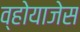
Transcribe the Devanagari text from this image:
व्होयाजेस